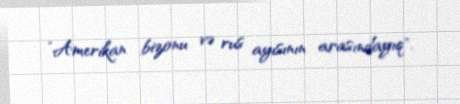
”Amerikan bizonu və rus ayısının arasındayıq".